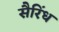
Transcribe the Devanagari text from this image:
सैरिंध